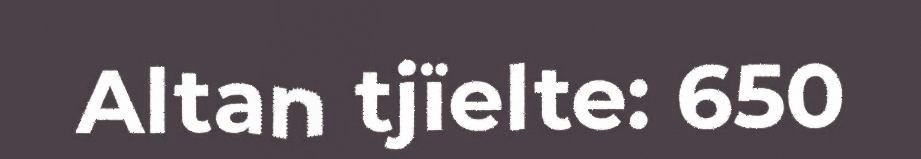
Altan tjïelte: 650